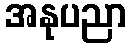
အနုပညာ